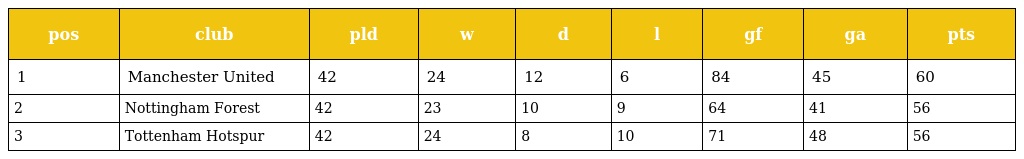
| pos | club | pld | w | d | l | gf | ga | pts |
 | --- | --- | --- | --- | --- | --- | --- | --- | --- |
 | 1 | Manchester United | 42 | 24 | 12 | 6 | 84 | 45 | 60 |
 | 2 | Nottingham Forest | 42 | 23 | 10 | 9 | 64 | 41 | 56 |
 | 3 | Tottenham Hotspur | 42 | 24 | 8 | 10 | 71 | 48 | 56 |